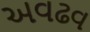
અવઢવ